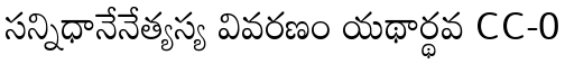
సన్నిధానేనేత్యస్య వివరణం యథార్థవ CC-0